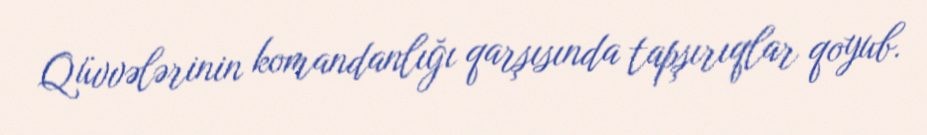
Qüvvələrinin komandanlığı qarşısında tapşırıqlar qoyub.